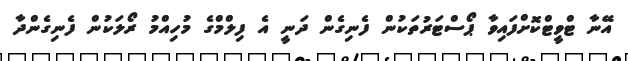
އޭނާ ޓްވީޓްކޮށްފައިވާ ޕޯސްޓަރުތަކުން ފެނިގެން ދަނީ އެ ފިލްމްގެ މުހިއްމު ރޯލަކުން ފެނިގެންދާ